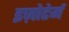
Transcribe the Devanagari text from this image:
इज़ोटेर्म